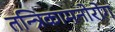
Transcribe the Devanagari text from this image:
तन्त्रिकामनोरोग